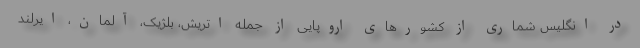
در انگلیس شماری از کشورهای اروپایی از جمله اتریش، بلژیک، آلمان، ایرلند